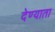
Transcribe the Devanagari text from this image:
देण्याता